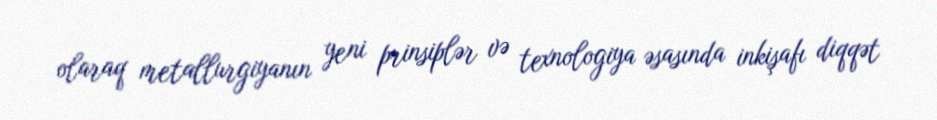
olaraq metallurgiyanın yeni prinsiplər və texnologiya əsasında inkişafı diqqət